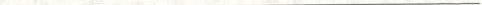
___